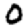
Digit: 0